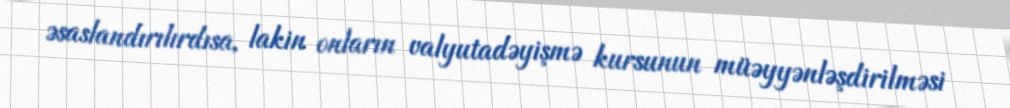
əsaslandırılırdısa, lakin onların valyutadəyişmə kursunun müəyyənləşdirilməsi